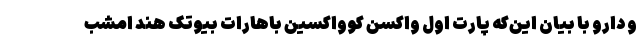
و دارو با بیان این‌که پارت اول واکسن کوواکسین باهارات بیوتک هند امشب